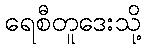
ရေစီတူဒေးသို့